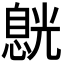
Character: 𠒸